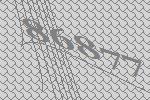
86877